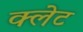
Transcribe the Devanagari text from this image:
क्लेट